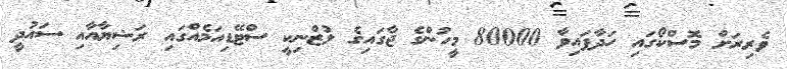
ވެރިރަށް މޮސްކޯގައި ހަދާފައިވާ 80000 މީހުންގެ ޖާގައިގެ ލުޒްނިކީ ސްޓޭޑިއަމެއްގައި ރަޝިޔާއާއި ސައުދީ